Vaccination in the Punjab 1905-1918 - 1905-1918
Year: 1905
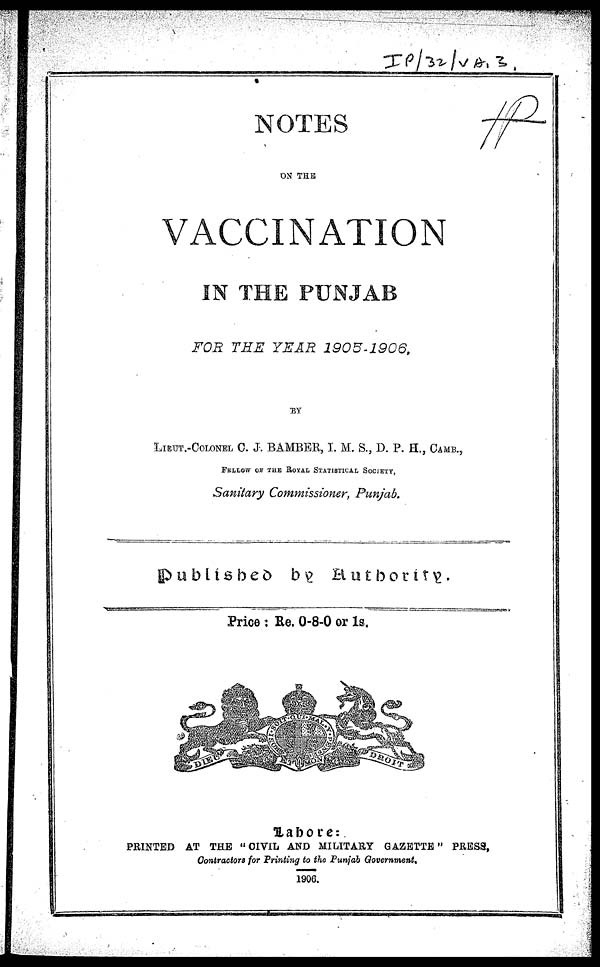
NOTES
ON THE
VACCINATION
IN THE PUNJAB
FOR THE YEAR
1905-1906.
BY
LIEUT.-COLONEL C. J. BAMBER, I. M. S., D. P. H., CAMB.,
FELLOW OF THE ROYAL STATISTICAL SOCIETY,
Sanitary Commissioner, Punjab.
published by Authority.
Price : Re. 0-8-0 or 1s.
Lahore:
PRINTED AT THE " CIVIL AND MILITARY GAZETTE " PRESS,
Contractors for Printing to the Punjab Government,
1906.